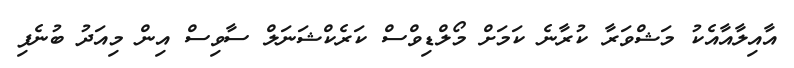
އާއިލާއާއެކު މަޝްވަރާ ކުރާނެ ކަމަށް މޯލްޑިވްސް ކަރެކްޝަނަލް ސާވިސް އިން މިއަދު ބުނެފި